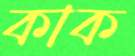
কাক